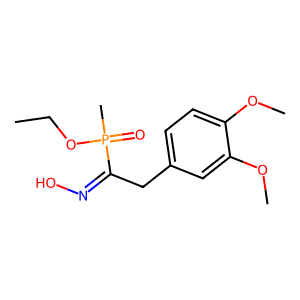
SMILES: CCOP(C)(=O)C(Cc1ccc(OC)c(OC)c1)=NO
Inhibits HIV replication: No